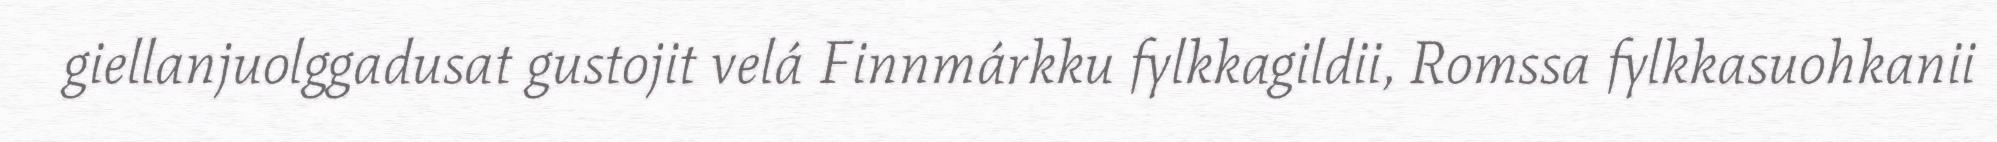
giellanjuolggadusat gustojit velá Finnmárkku fylkkagildii, Romssa fylkkasuohkanii